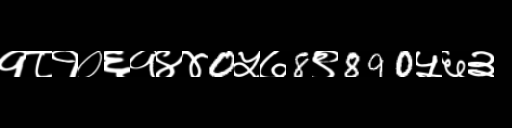
Text: १८१०६१४४0५७8९890५६३